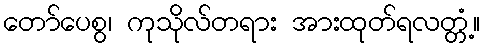
တော်ပေစွ၊ ကုသိုလ်တရား အားထုတ်ရလတ္တံ့။